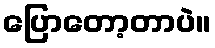
ပြောတော့တာပဲ။